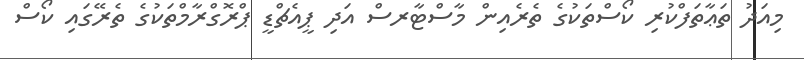
މިއަދު ތަޢާތަފްކުރި ކޯސްތަކުގެ ތެރެއިން މާސްޓާރސް އަދި ޕީއެޗްޑީ ޕްރޮގްރާމްތަކުގެ ތެރޭގައި ކޯސް